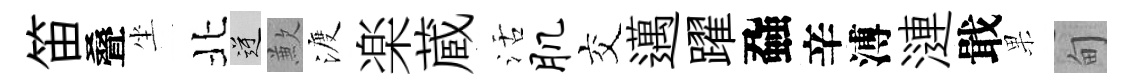
笛叠坐北逆歉渡楽蔵活肌交邁躍蝨辛溥漣戢果甸